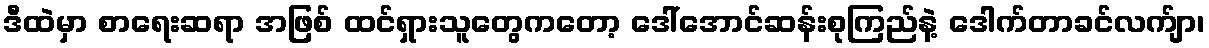
ဒီထဲမှာ စာရေးဆရာ အဖြစ် ထင်ရှားသူတွေကတော့ ဒေါ်အောင်ဆန်းစုကြည်နဲ့ ဒေါက်တာခင်လက်ျာ၊